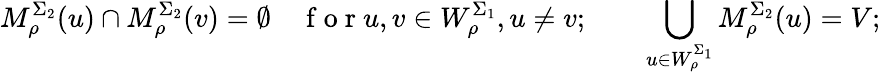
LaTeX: M_{\rho}^{\Sigma_{2}}(u)\cap M_{\rho}^{\Sigma_{2}}(v)=\emptyset\quad\mathrm{~f~o~r~}u,v\in W_{\rho}^{\Sigma_{1}},u\neq v;\qquad\bigcup_{u\in W_{\rho}^{\Sigma_{1}}}M_{\rho}^{\Sigma_{2}}(u)=V;